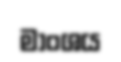
මාංශය